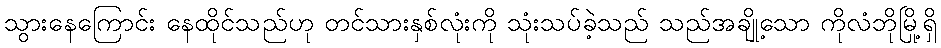
သွားနေကြောင်း နေထိုင်သည်ဟု တင်သားနှစ်လုံးကို သုံးသပ်ခဲ့သည် သည်အချို့သော ကိုလံဘိုမြို့ရှိ